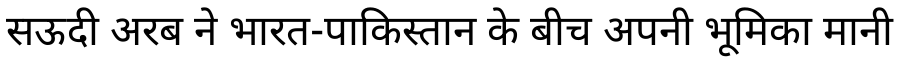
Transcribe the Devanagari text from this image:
सऊदी अरब ने भारत-पाकिस्तान के बीच अपनी भूमिका मानी